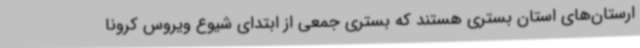
ارستان‌های استان بستری هستند که بستری جمعی از ابتدای شیوع ویروس کرونا